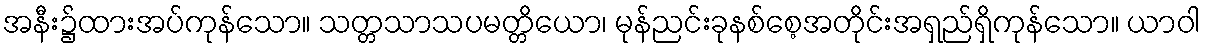
အနီး၌ထားအပ်ကုန်သော။ သတ္တသာသပမတ္တိယော၊ မုန်ညင်းခုနစ်စေ့အတိုင်းအရှည်ရှိကုန်သော။ ယာဝါ